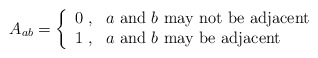
\begin{align*}A_{ab}=\left\{\begin{array}{ll}0\;,&\mbox{$a$ and $b$ may not be adjacent}\\1\;,&\mbox{$a$ and $b$ may be adjacent}\end{array}\right.\end{align*}